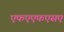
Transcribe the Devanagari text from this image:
एफएएफएसए